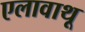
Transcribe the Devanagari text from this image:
एलावाथू